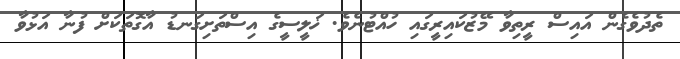
ތެދުވެގެން އައިސް ރީތިވާ މޭޒުކައިރީގައި ހުއްޓުނެވެ. ޚަލީސީގެ އިސްތަށިގަނޑު އާގޮތަކަށް ފުނާ އަޅުވާ